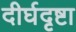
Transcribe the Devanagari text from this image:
दीर्घदृष्टा